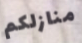
منازلكم